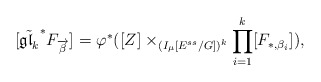
\begin{align*}[\tilde{\mathfrak{gl}_k}^*F_{\overrightarrow{\beta}}]^{}=\varphi^*( [Z]^{}\times_{(I_{\mu}[E^{ss}/G])^k}\prod_{i=1}^{k}[F_{*,\beta_i}]^{}),\end{align*}